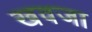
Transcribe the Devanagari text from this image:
खवजा